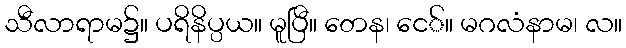
သီလာရာမ၌။ ပရိနိပ္ပယ။ မူပြီ။ တေန၊ ငေ်။ မဂလံနာမ၊ လ။